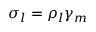
\sigma _ { l } = \rho _ { l } \gamma _ { m }